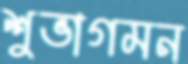
শুভাগমন